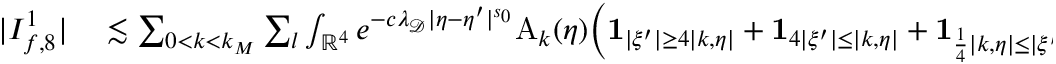
\begin{array} { r l } { | I _ { f , 8 } ^ { 1 } | } & { { } \lesssim \sum _ { 0 < k < k _ { M } } \sum _ { l } \int _ { \mathbb { R } ^ { 4 } } e ^ { - c \lambda _ { \mathcal { D } } | \eta - \eta ^ { \prime } | ^ { s _ { 0 } } } \mathrm { A } _ { k } ( \eta ) \Big ( \mathbf { 1 } _ { | \xi ^ { \prime } | \geq 4 | k , \eta | } + \mathbf { 1 } _ { 4 | \xi ^ { \prime } | \leq | k , \eta | } + \mathbf { 1 } _ { \frac 1 4 | k , \eta | \leq | \xi ^ { \prime } | \leq 4 | k , \eta | } \Big ) } \end{array}